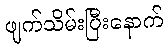
ဖျက်သိမ်းပြီးနောက်